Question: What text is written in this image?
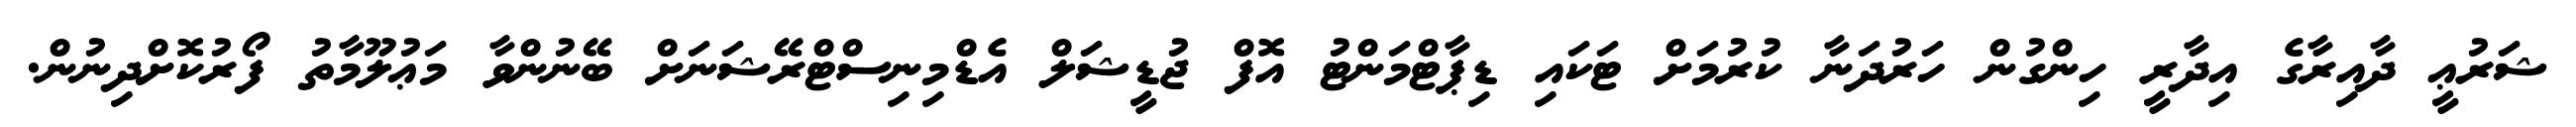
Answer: ޝަރުޢީ ދާއިރާގެ އިދާރީ ހިންގުން ހަރުދަނާ ކުރުމަށް ޓަކައި ޑިޕާޓްމަންޓު އޮފް ޖުޑީޝަލް އެޑްމިނިސްޓްރޭޝަނަށް ބޭނުންވާ މަޢުލޫމާތު ފޯރުކޮށްދިނުން.